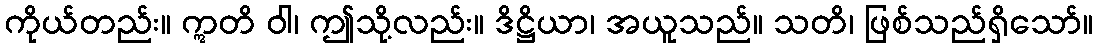
ကိုယ်တည်း။ ဣတိ ဝါ၊ ဤသို့လည်း။ ဒိဋ္ဌိယာ၊ အယူသည်။ သတိ၊ ဖြစ်သည်ရှိသော်။